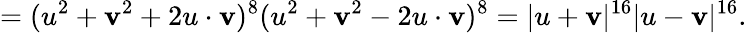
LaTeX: =(u^{2}+\mathbf{v}^{2}+2u\cdot\mathbf{v})^{8}(u^{2}+\mathbf{v}^{2}-2u\cdot\mathbf{v})^{8}=|u+\mathbf{v}|^{16}|u-\mathbf{v}|^{16}.